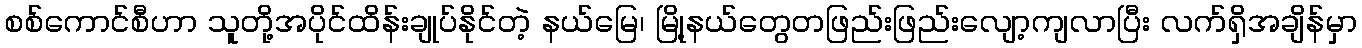
စစ်ကောင်စီဟာ သူတို့အပိုင်ထိန်းချုပ်နိုင်တဲ့ နယ်မြေ၊ မြို့နယ်တွေတဖြည်းဖြည်းလျော့ကျလာပြီး လက်ရှိအချိန်မှာ